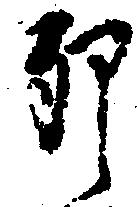
卯